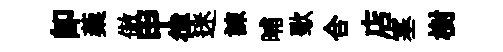
即蔾傲甲律迷諫晡歜合店塞樹